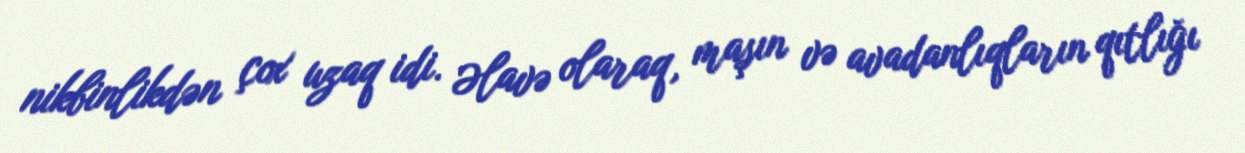
nikbinlikdən çox uzaq idi. Əlavə olaraq, maşın və avadanlıqların qıtlığı